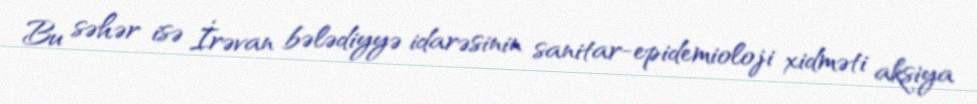
Bu səhər isə İrəvan bələdiyyə idarəsinin sanitar-epidemioloji xidməti aksiya